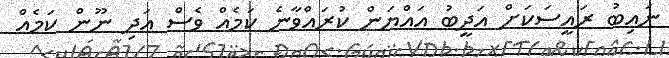
ނައިބު ރައީސަކަށް އަދީބު އައްޔަން ކުރައްވާނެ ކަމެއް ވެސް އަދި ނޫން ކަމެއް